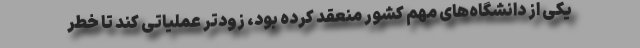
یکی از دانشگاه‌های مهم کشور منعقد کرده بود، زودتر عملیاتی کند تا خطر